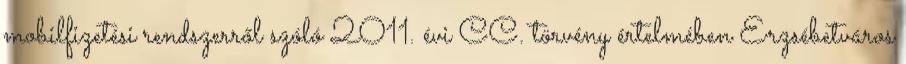
mobilfizetési rendszerről szóló 2011. évi CC. törvény értelmében Erzsébetváros